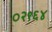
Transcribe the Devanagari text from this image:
०२९६४